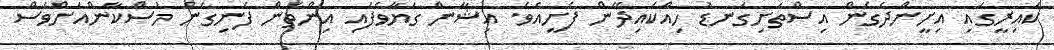
ކައިރީގައި އިށީންދެގެން އިސްތަށިގަނޑު ހިއްކައިދޭން ފެށީއެވެ. އިޝާން ގަޔާވެފައި އިންތަން ފެނިގެން މުސްކާންއަށްވެސް